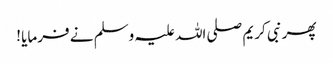
پھر نبی کریم صلی اللہ علیہ وسلم نے فرمایا !